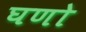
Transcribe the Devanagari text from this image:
घणो